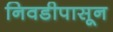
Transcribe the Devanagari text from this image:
निवडीपासून